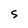
Character: S